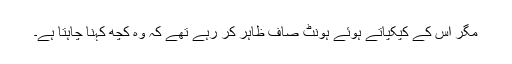
مگر اس کے کپکپاتے ہوئے ہونٹ صاف ظاہر کر رہے تھے کہ وہ کچھ کہنا چاہتا ہے۔